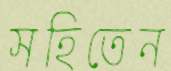
সহিতেন